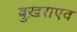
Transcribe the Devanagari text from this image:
बुख़राएव